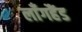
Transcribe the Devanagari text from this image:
लाँगहैंड